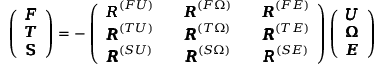
\left( \begin{array} { c c c c c } { { \pmb F } } \\ { { \pmb T } } \\ { \mathsf { \pmb S } } \end{array} \right) = - \left( \begin{array} { c c c c c } { { \pmb R } ^ { ( F U ) } } & & { { \pmb R } ^ { ( F \Omega ) } } & & { { \pmb R } ^ { ( F E ) } } \\ { { \pmb R } ^ { ( T U ) } } & & { { \pmb R } ^ { ( T \Omega ) } } & & { { \pmb R } ^ { ( T E ) } } \\ { { \pmb R } ^ { ( S U ) } } & & { { \pmb R } ^ { ( S \Omega ) } } & & { { \pmb R } ^ { ( S E ) } } \end{array} \right) \left( \begin{array} { c c c c c } { { \pmb U } } \\ { { \pmb \Omega } } \\ { { \pmb E } } \end{array} \right)